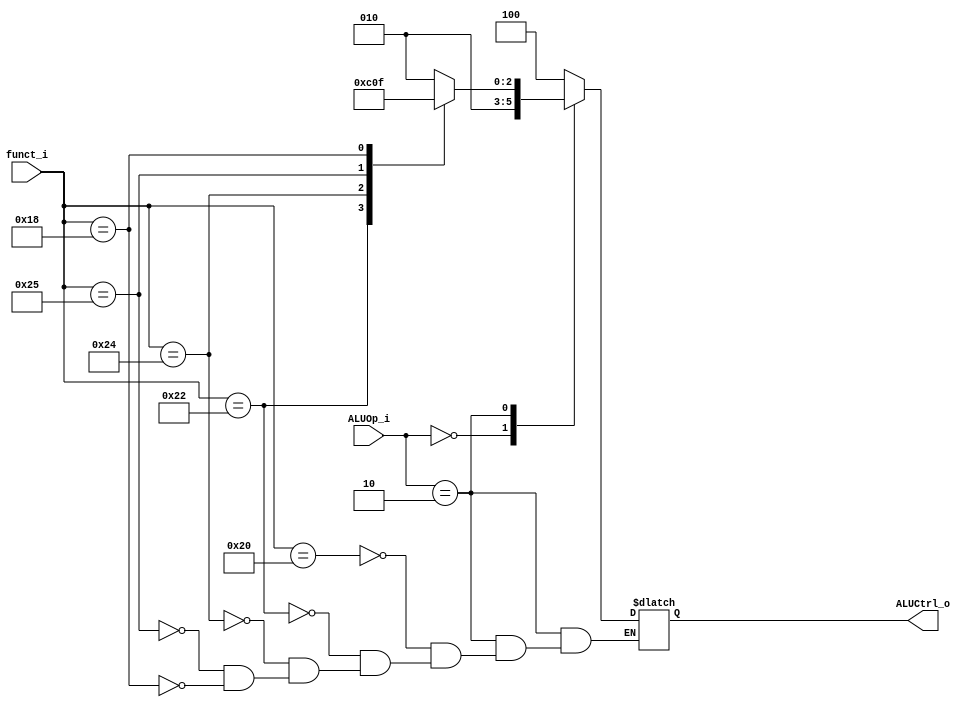
module ALU_Control 
(
    funct_i,
    ALUOp_i,
    ALUCtrl_o
);
input  [5:0]funct_i;
input  [1:0]ALUOp_i;
output reg [2:0]ALUCtrl_o;
    localparam ADD       = 6'b100000;
    localparam SUB       = 6'b100010;
    localparam AND       = 6'b100100;
    localparam OR        = 6'b100101;
    localparam MUL       = 6'b011000;
	localparam typeI 	 = 2'b00;
	localparam typeR 	 = 2'b10;
	
	
	always @(*)begin
		case (ALUOp_i)
			typeI: begin
			ALUCtrl_o = 3'b010;
			end
			typeR: begin
				case(funct_i)
					ADD: ALUCtrl_o = 3'b010;
					SUB: ALUCtrl_o = 3'b110;
					AND: ALUCtrl_o = 3'b000;
					OR : ALUCtrl_o = 3'b001;
					MUL: ALUCtrl_o = 3'b111;
				endcase
			end
			default: begin
				ALUCtrl_o = 3'b100;
			end
		endcase
	end
endmodule